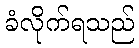
ခံလိုက်ရသည်